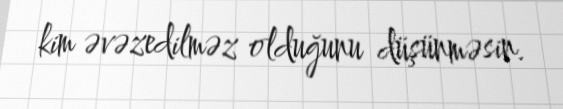
kim əvəzedilməz olduğunu düşünməsin.